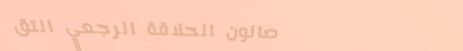
صالون الحلاقة الرجعي التق